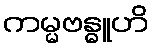
ကမ္မဗန္ဓူဟိ